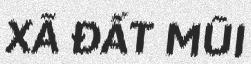
XÃ ĐẤT MŨI